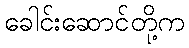
ခေါင်းဆောင်တို့က